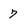
Character: 7